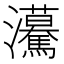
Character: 𤅠